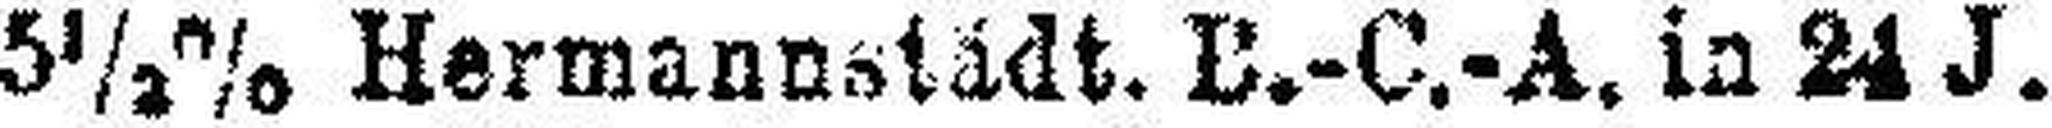
5½% Hermannstädt. B.-C.-A. in 24 J.